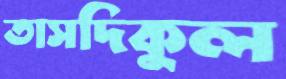
তাসদিকুল